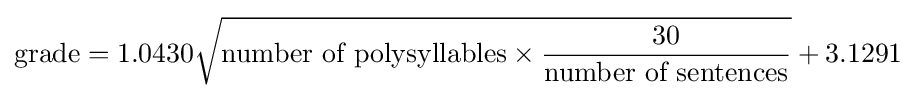
{\mbox{grade}}=1.0430{\sqrt {{\mbox{number of polysyllables}}\times {30 \over {\mbox{number of sentences}}}}}+3.1291